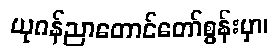
ယုဂန်ညာတောင်တော်စွန်းမှာ၊